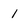
Character: 1